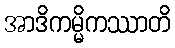
အာဒိကမ္မိကဿာတိ